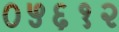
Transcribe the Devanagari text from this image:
०५६१२